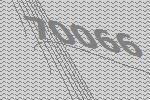
70066